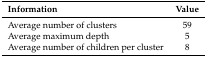
<table><thead><tr><td><b>Information</b></td><td><b>Value</b></td></tr></thead><tbody><tr><td>Average number of clusters</td><td>59</td></tr><tr><td>Average maximum depth</td><td>5</td></tr><tr><td>Average number of children per cluster</td><td>8</td></tr></tbody></table>